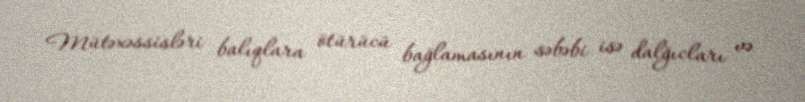
Mütəxəssisləri balıqlara ötürücü bağlamasının səbəbi isə dalğıcları və